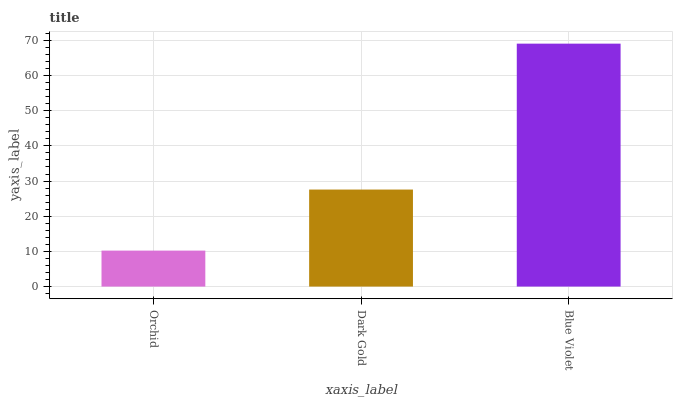
| xaxis_label | bars |
 | --- | --- |
 | Orchid | 10.2 |
 | Dark Gold | 27.6 |
 | Blue Violet | 69.1 |